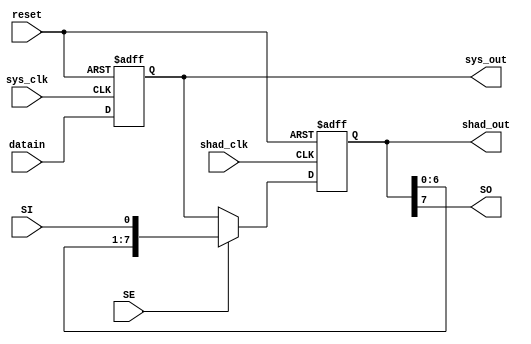


	//--------------------------------------------------------------------------------------------------
//
// Title       : DW04_shad_reg
// Design      : DW04_shad_reg


//-------------------------------------------------------------------------------------------------
//
// Description : DW04_shad_reg is a parameterized register pair. The first register is a parallel
// load, parallel output system register clocked on the sys_clk pin with an asynchronous reset
// controlled by the reset pin. The register is implemented in multibit (ganged) flip-flop
// cells if available in the target technology. The datain signal drives the DW04_shad_reg
// inputs and the output is sys_out.
// The second register is a shadow register, which, like the system register, is also width bits
// wide and implemented in the same target technology cells. However, the shadow register
// is a parallel load shift register, which captures the output of the system register when
// sampled by shad_clk. This register outputs its contents to shad_out (parallel) and SO(serial).
//
//-------------------------------------------------------------------------------------------------

module DW04_shad_reg ( datain, sys_clk, shad_clk, reset, SI, SE, sys_out, shad_out, SO )/* synthesis syn_builtin_du = "weak" */;

parameter width = 8;
parameter bld_shad_reg = 1;

//Input/output declaration
input [width - 1 : 0]  datain;   
input 				   SI;       
input 				   SE;       
input 				   sys_clk;  
input 				   shad_clk; 
input 				   reset;    
output [width - 1 : 0] sys_out;
output [width - 1 : 0] shad_out;
output                 SO;

//Internal signal declaration
reg [width - 1 : 0]  tmpdatain;
reg [width - 1 : 0]  serial;
wire [width - 1 : 0] tmp_shadin;
reg [width - 1 : 0]  shad_out;
wire [width - 1 : 0] sys_out;
integer	             i;
//Update the output
assign sys_out = tmpdatain;
assign SO = shad_out[width - 1];
//Mux implementation
assign tmp_shadin = SE ? serial : tmpdatain;

//Implementing shift register
always @ ( shad_out or SI )
	begin
		serial[0] = SI;
		// synthesis loop_limit 2000  
		for ( i = 0; i < width - 1; i = i + 1 )
			serial[i+1] = shad_out[i];
	end

//Registering the input data
always @(posedge sys_clk or negedge reset)
	if (!reset)	
		tmpdatain <= 0;
	else
		tmpdatain <= datain;


//Implementing	shadow register	
always @(posedge shad_clk or negedge reset)
	if (!reset)	 
			shad_out <= 0;
	else
		begin
			if ( bld_shad_reg )
					shad_out <= tmp_shadin;
			else
					shad_out <= 0;
		end

endmodule